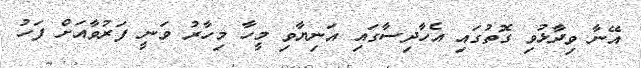
އޭނާ ވިދާޅުވި ގޮތުގައި އެހާދިސާގައި އަނިޔާވި މީހާ މިހާރު ވަނީ ފަރުވާއަށް ފަހު